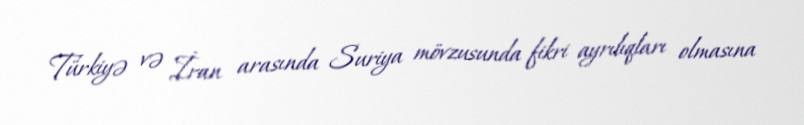
Türkiyə və İran arasında Suriya mövzusunda fikri ayrılıqları olmasına